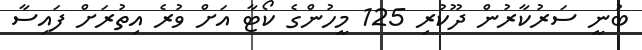
ބުނީ ސަރުކާރުން ދޫކުރި 125 މީހުންގެ ކޯޓާ އަށް ވުރެ އިތުރަށް ފައިސާ